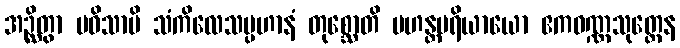
အဉ္ဆိတွာ ပဝိသာမိ သံကိလေသပ္ပဟာနံ တုစ္ဆောတိ မဟန္တပရိယာယော ဧကဝဏ္ဏသုတ္တေန